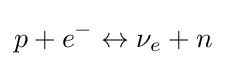
p+e^{-}\leftrightarrow \nu _{e}+n